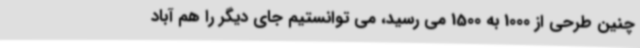
چنین طرحی از 1000 به 1500 می رسید، می توانستیم جای دیگر را هم آباد